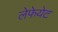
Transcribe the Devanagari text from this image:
लेफेयेट